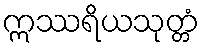
ဣဿရိယသုတ္တံ